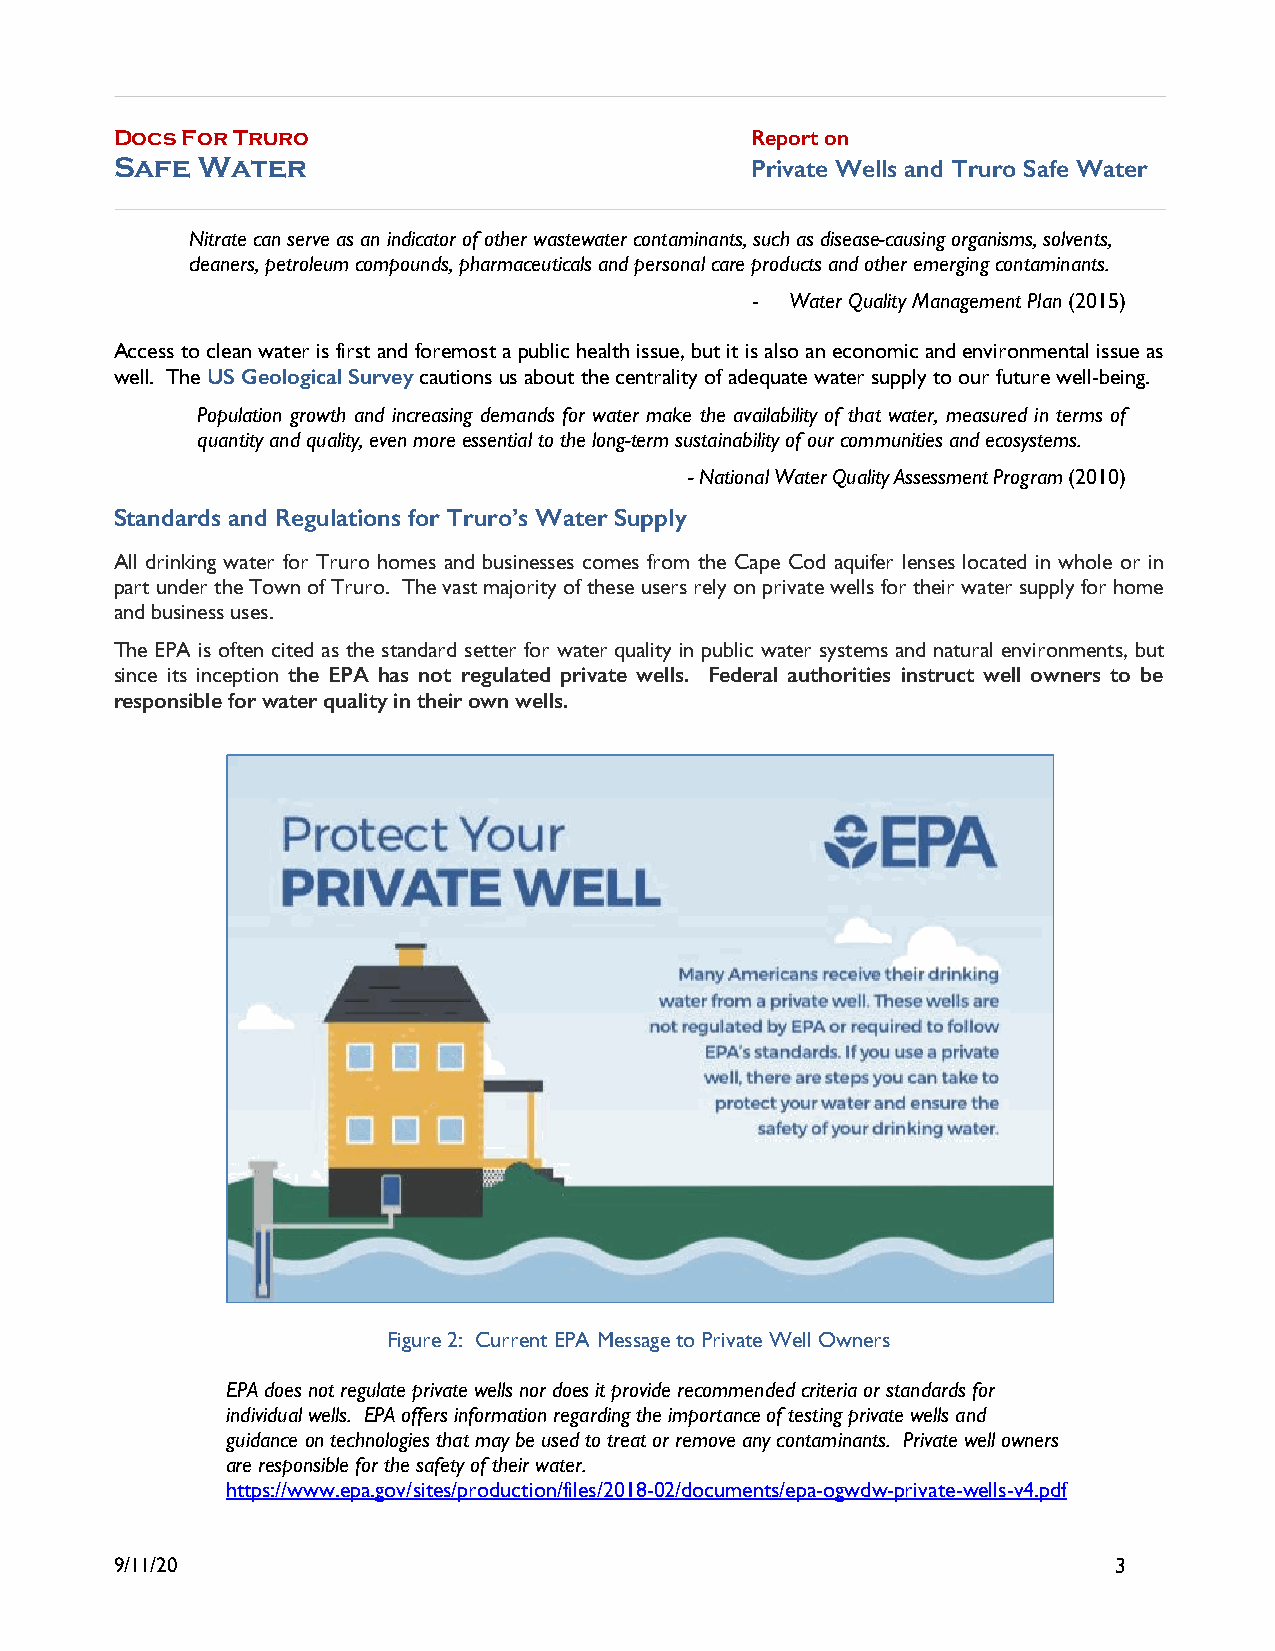
Docs For Truro                            Report on
 Safe Water                                Private Wells and Truro Safe Water
 Nitrate can serve as an indicator of other wastewater contaminants, such as disease-causing organisms, solvents,
 cleaners, petroleum compounds, pharmaceuticals and personal care products and other emerging contaminants.
 - Water Quality Management Plan (2015)
 Access to clean water is first and foremost a public health issue, but it is also an economic and environmental issue as
 well. The US Geological Survey cautions us about the centrality of adequate water supply to our future well-being.
 Population growth and increasing demands for water make the availability of that water, measured in terms of
 quantity and quality, even more essential to the long-term sustainability of our communities and ecosystems.
 - National Water Quality Assessment Program (2010)
 Standards and Regulations for Truro’s Water Supply
 All drinking water for Truro homes and businesses comes from the Cape Cod aquifer lenses located in whole or in
 part under the Town of Truro. The vast majority of these users rely on private wells for their water supply for home
 and business uses.
 The EPA is often cited as the standard setter for water quality in public water systems and natural environments, but
 since its inception the EPA has not regulated private wells. Federal authorities instruct well owners to be
 responsible for water quality in their own wells.
 Figure 2: Current EPA Message to Private Well Owners
 EPA does not regulate private wells nor does it provide recommended criteria or standards for
 individual wells. EPA offers information regarding the importance of testing private wells and
 guidance on technologies that may be used to treat or remove any contaminants. Private well owners
 are responsible for the safety of their water.
 https://www.epa.gov/sites/production/files/2018-02/documents/epa-ogwdw-private-wells-v4.pdf
 9/11/20                                                           3